Problem: 38 + 4 = ?
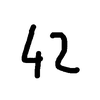
Handwritten answer: 42